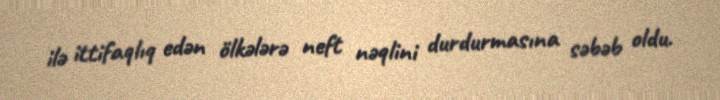
ilə ittifaqlıq edən ölkələrə neft nəqlini durdurmasına səbəb oldu.